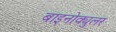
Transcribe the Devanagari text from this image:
बाइनोक्युलर